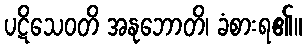
ပဋိသေဝတိ အနုဘောတိ၊ ခံစားရ၏။